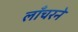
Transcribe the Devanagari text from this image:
लाँचरने